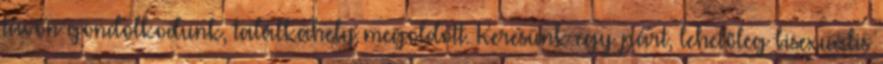
távon gondolkodunk, találkahely megoldott. Keresünk egy párt, lehetőleg bisexuális